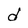
Character: d